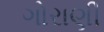
ગોરાણી